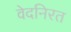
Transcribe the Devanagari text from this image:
वेदनिरत